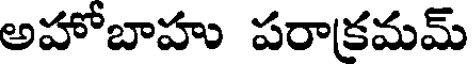
అహోబాహు పరాక్రమమ్